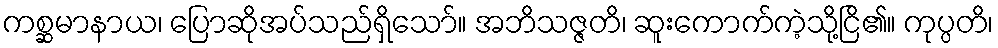
ကစ္ဆမာနာယ၊ ပြောဆိုအပ်သည်ရှိသော်။ အဘိသဇ္ဇတိ၊ ဆူးကောက်ကဲ့သို့ငြိ၏။ ကုပ္ပတိ၊